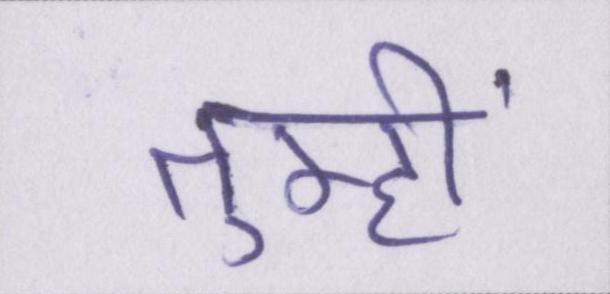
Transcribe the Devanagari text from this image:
तुम्हीं